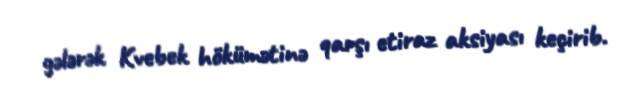
gələrək Kvebek hökümətinə qarşı etiraz aksiyası keçirib.